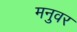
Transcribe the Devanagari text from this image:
मनुवर